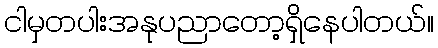
ငါမှတပါးအနုပညာတော့ရှိနေပါတယ်။